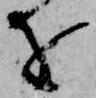
を